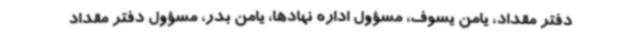
دفتر مقداد، یامن یسوف، مسؤول اداره نهادها، یامن بدر، مسؤول دفتر مقداد